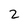
Character: 2